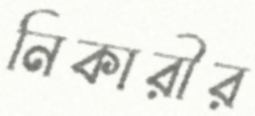
নিকারীর